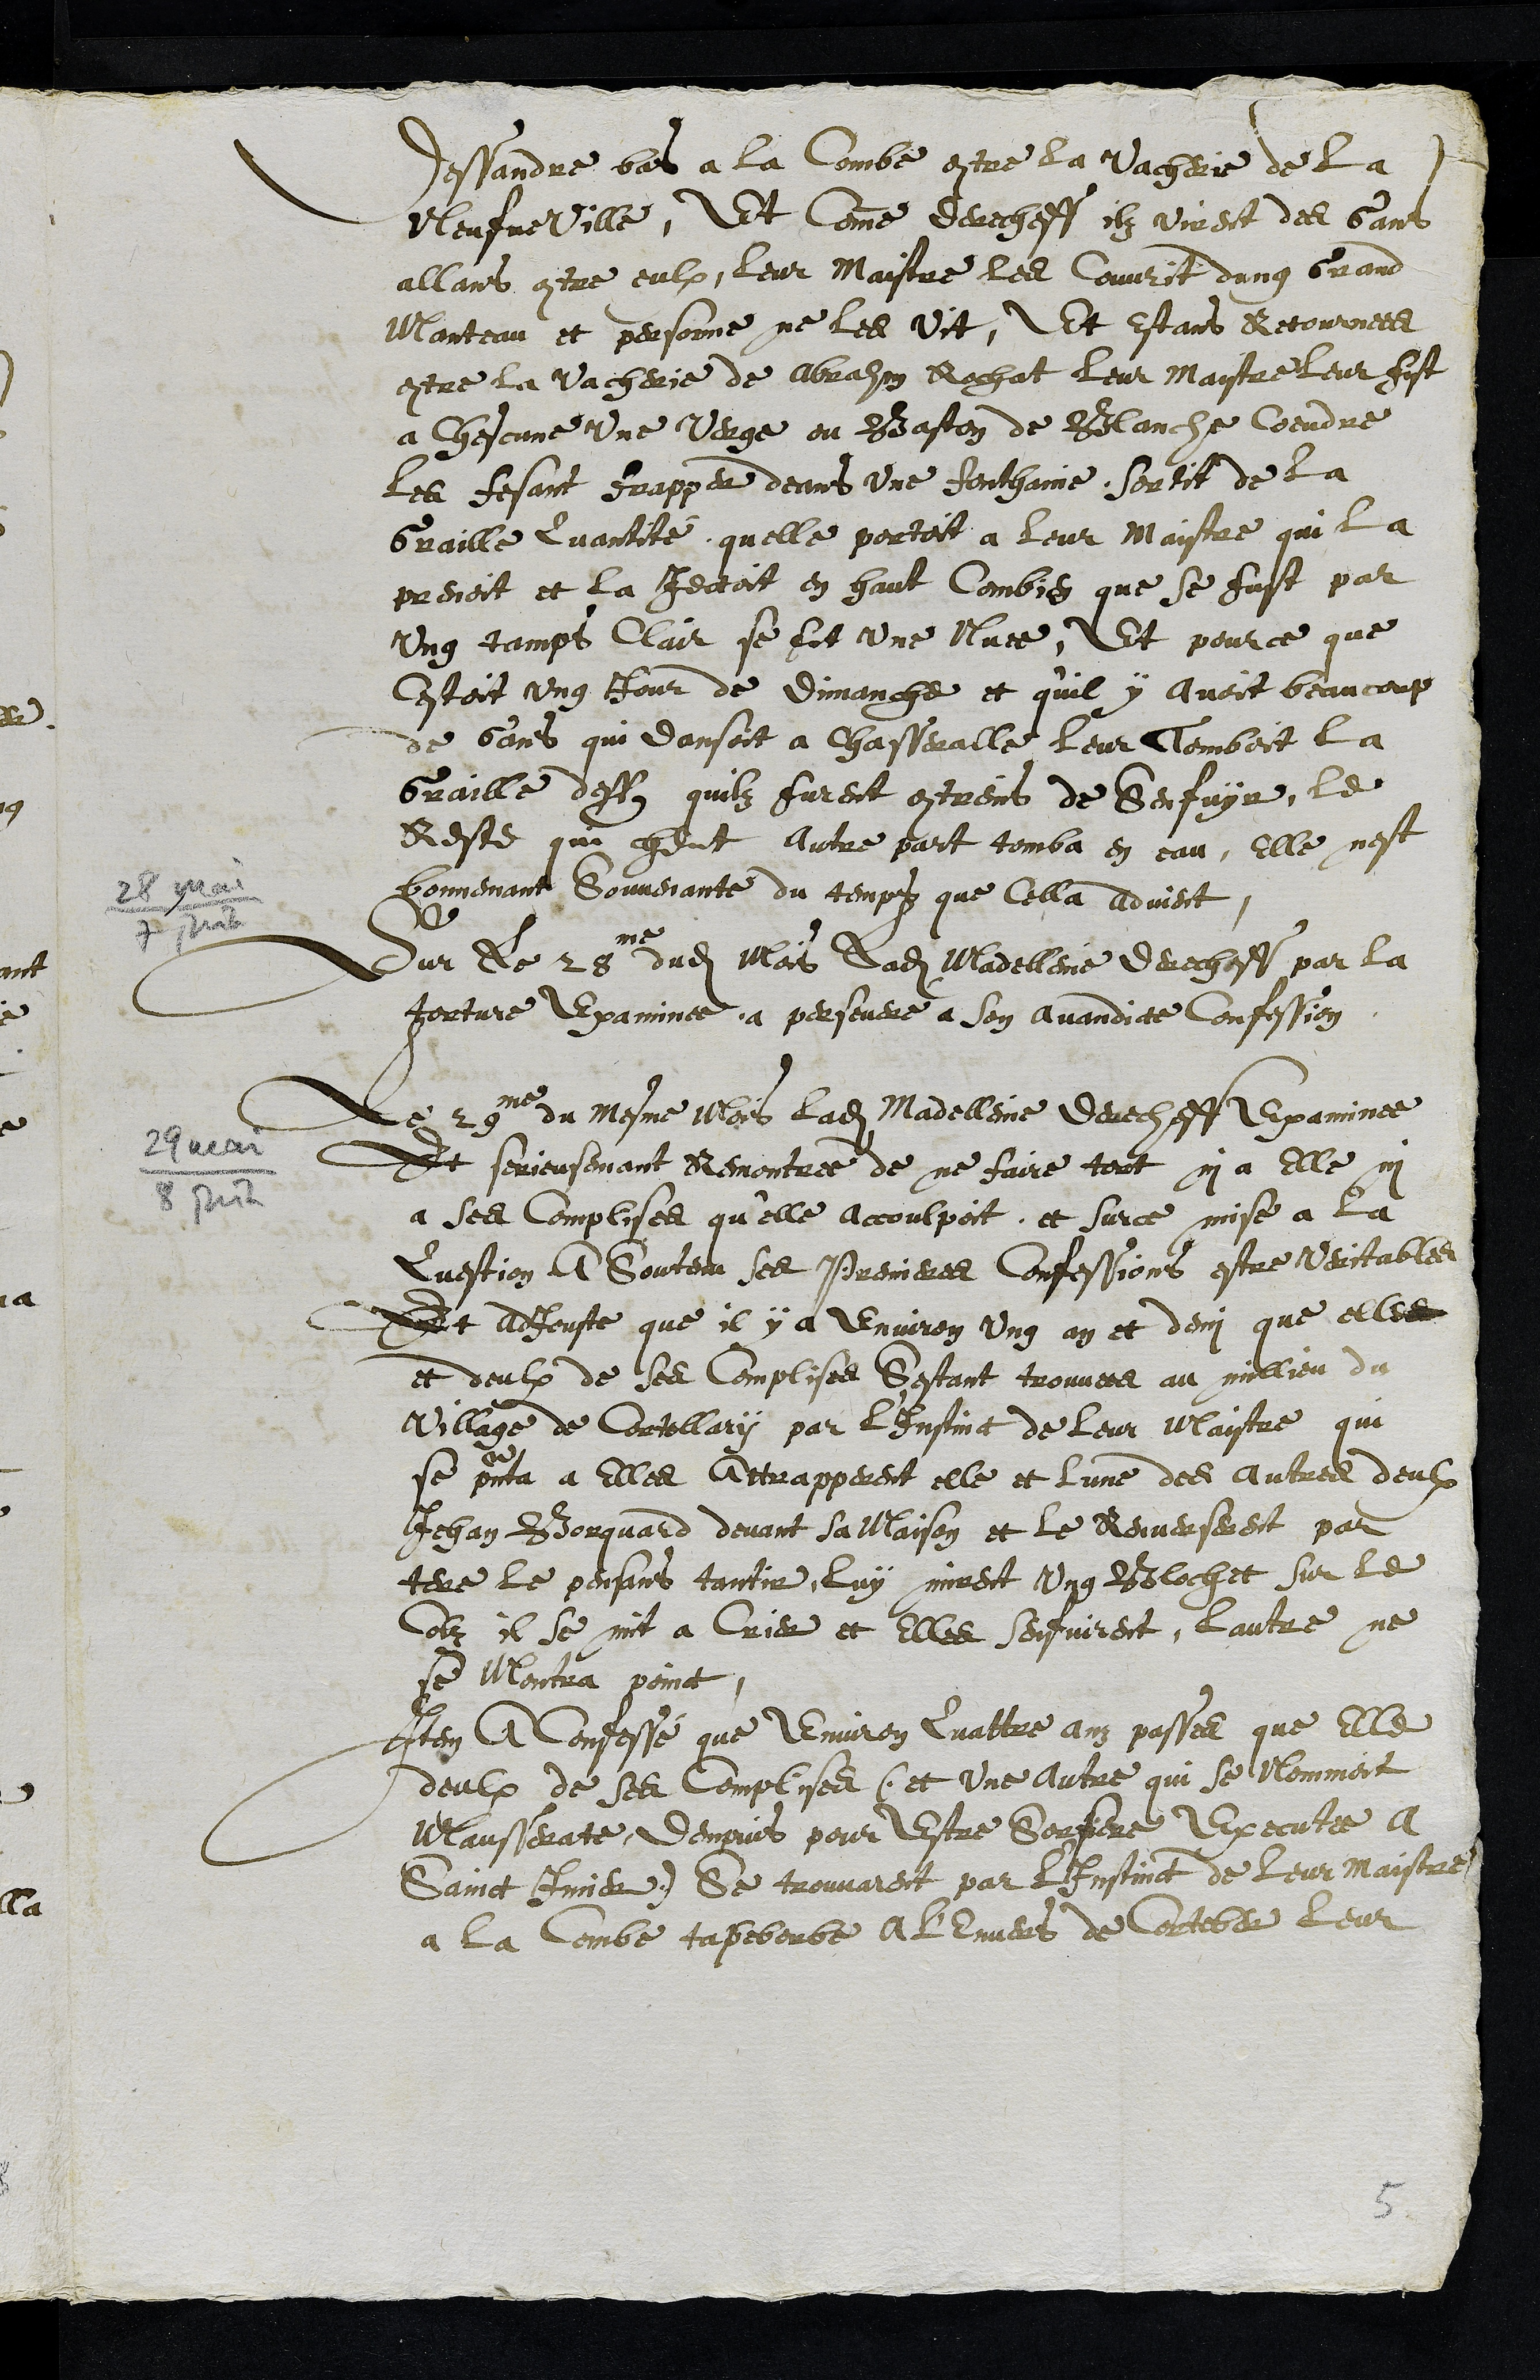
28 mai
29 mai
8 juin
Dessandre bas a la Combe contre la vacherie de la
Neufveville, Et comme derecheff ilz virent des Gans
allant contre eulx, leur Maistre les Couvrit dung Grand
Manteau et personne ne les vit, Et estans Retournees
contre la vacherie de Abraham Rochat leur Maistre leur fist
a chescune une verge ou Baston de Blanche Coeudre
les fesant frapper deans une fonthaine, sortit de la
Graille Quantite quelle portoit a leur Maistre qui la
prenoit et la jectoit en haut Combien que se fust par
ung temps clair se fit une Nuee, Et pource que
Cestoit ung jour de dimanche et qu'il y avoit beaucoup
de Gans qui dansoit a Chasseralle leur Tomboit la
Graille dess quilz furent contreins de Senfuyr, le
Reste que heut autre part tomba en eau, elle nest
bonnemant souvenante du temps que cella advient
Sur le 28me dudit Mois ladite Madelleine derecheff par la
torture examinee a persevere a son avandicte Confession
Le 29me du mesme Mois ladite Madelleine derecheff examinee
Et serieusemant Remontree de ne faire tort ny a elle ny
a ses complises qu'elle accoulpoit, et surce mise a la
Question a Soutenu ses Premieres Confessions estre veritables
Et adjouste que il y a environ ung an et demi que elle
et deulx de ses Complises Sestant trouvees au millieu du
Village de Cortellary par l'Instinct de leur  Maistre qui
se pnta elles attrapperent elle et lune des autres deulx
Jehan Borquard devant sa maison et le Renverserent par
terre le pensans tantir, luy mirent ung Blochet sur le
Colz il se mit a Crier et elles senfuirent, lautre ne
se Montra poinct
Item A Confessé que Environ Qattre anz passes que Elle
deulx de ses complises (et une autre qui se nommoit
Mausserate, dempuis pour estre Sorciere Executee a
Sainct Imier) Se trouvarent par l'Instinct de leur Maistre
a la Combe tapeborbe a l'Envers de Corteber leur
5